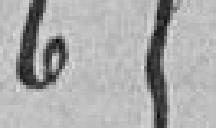
65